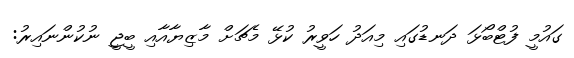
ގައުމީ ފުޓްބޯޅަ ދަނޑުގައި މިއަދު ހަވީރު ކުޅޭ މެޗަށް މާޒިޔާއާއި ބީޖީ ނުކުންނައިރު: